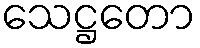
သေဋ္ဌတော